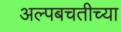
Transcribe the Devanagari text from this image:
अल्पबचतीच्या